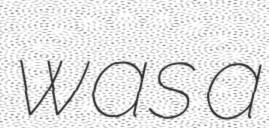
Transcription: was a